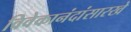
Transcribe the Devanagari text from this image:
विवेकानंदांसारखे